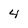
Character: 4